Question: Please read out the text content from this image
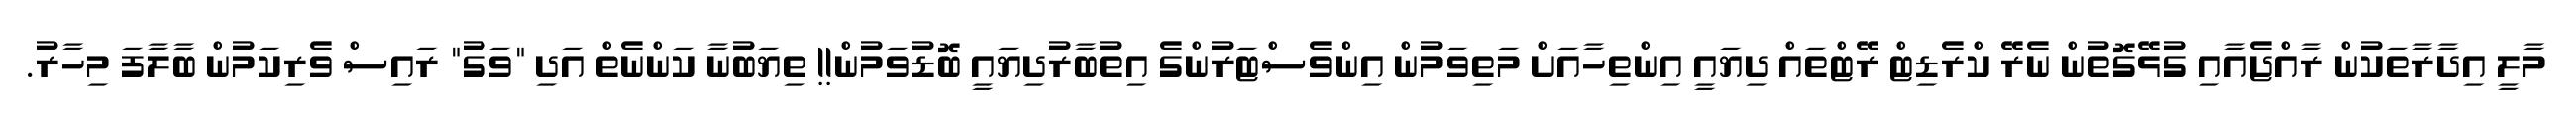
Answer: މާލީ އިދާރާތަކުން ރާއްޖެއާއި ގުޅޭގޮތުން ނެރޭ ކްރެޑިޓް ރޭޓްތައް ދިޔައީ އިންތިހާއަށް މަތިވަމުން އިންވެސްޓަރުންގެ އިތުބާރުދިޔައީ ބޮޑުވަމުން!! ތިޔަބުނާ ކަންނެތް އަދި "ވަގު" ރައިސް ވެރިކަމުން ބާލާފަ މިހާރު.